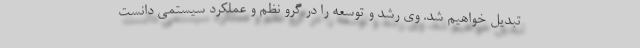
تبدیل خواهیم شد. وی رشد و توسعه را در گرو نظم و عملکرد سیستمی دانست